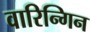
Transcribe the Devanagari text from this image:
वारिन्गिन